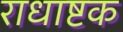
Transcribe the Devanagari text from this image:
राधाष्टक